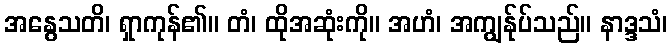
အနွေသတိ၊ ရှာကုန်၏။ တံ၊ ထိုအဆုံးကို။ အဟံ၊ အကျွန်ုပ်သည်။ နာဒ္ဒသံ၊